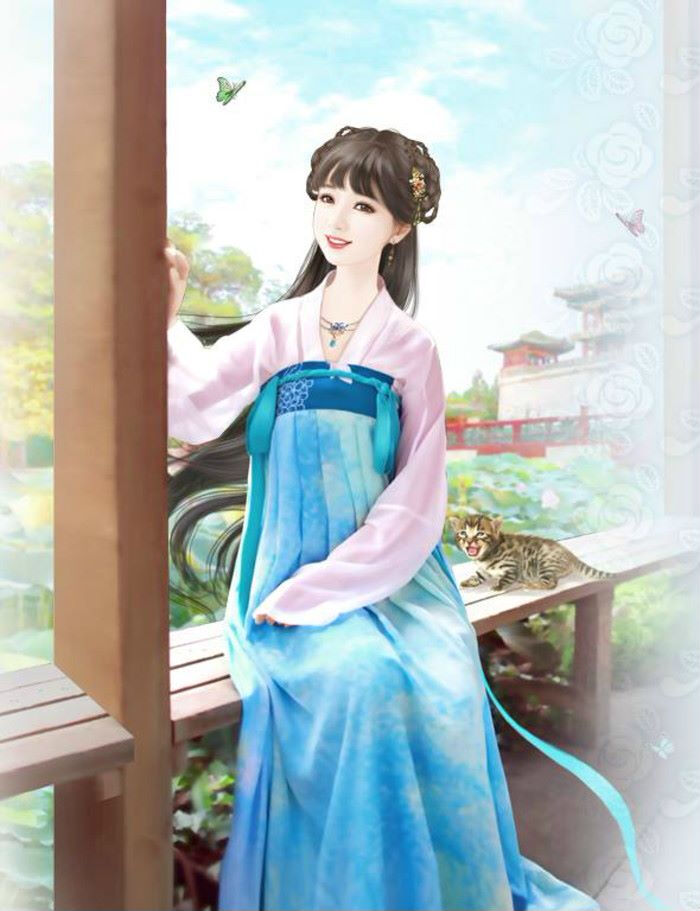
香到酴醾送晚凉，荇风轻约薄罗裳。曲阑凭遍思偏长。